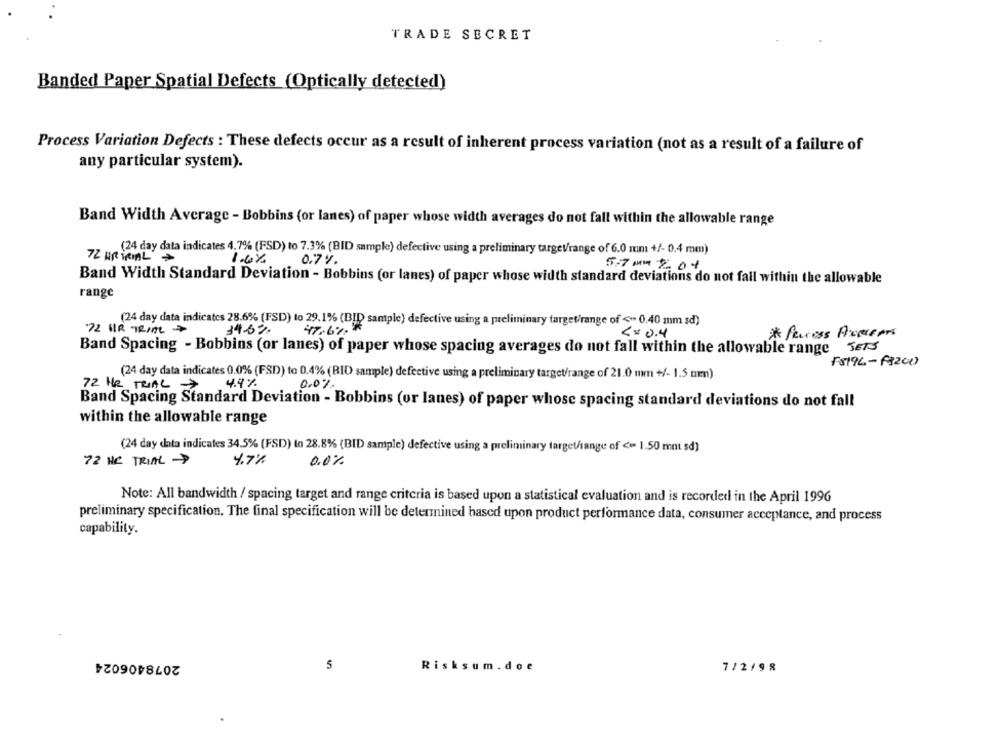
TRADE SECRET
Banded Paper Spatial Defects (Optically detected)
Process Variation Defects : These defects occur as a result of inherent process variation (not as a result of a failure of
any particular system).
Band Width Average - Bobbins (or lanes) of paper whose width averages do not fall within the allowable range
(24 day data indicates 4.7% (FSD) to 7.3% (BID sample) defective using a preliminary targetrange of 6.0 mm +/- 0.4 mm)
72 HRTRIAL >
1.6% 0.7%
5.7 MM 2.04
Band Width Standard Deviation - Bobbins (or lanes) of paper whose width standard deviations do not fall within the allowable
range
(24 day data indicates 28.6% (FSD) to 29.1% (BID sample) defective using a preliminary target/range of < 0.40 mm sd)
47.6% #
72 UR TRIAL >
34.5%
* feccess Accepts
< = 0.4
Band Spacing - Bobbins (or lanes) of paper whose spacing averages do not fall within the allowable range SETS
F8196-98200
(24 day data indicates 0.0% (FSD) to 0.4% (BID sample) defective using a preliminary target/range of 21.0 mm +/- 1.5 mm)
4.9%
0.0%
72 HR TRIAL >
Band Spacing Standard Deviation - Bobbins (or lanes) of paper whose spacing standard deviations do not fall
within the allowable range
(24 day data indicates 34.5% (FSD) to 28.8% (BID sample) defective using a preliminary target/ange of <= 1.50 mnt sd)
72 HR TRIAL >
4.7%
0.0%
Note: All bandwidth / spacing target and range criteria is based upon a statistical evaluation and is recorded in the April 1996
preliminary specification. The final specification will be determined based upon product performance data, consumer acceptance, and process
capability.
2078406024
S
Risksum . doe
7/2/9 8